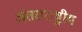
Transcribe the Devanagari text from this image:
अंतराराष्ट्रीय